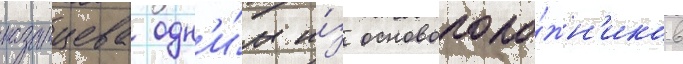
казанцева одн'и́м и́з основополо́жн'иков